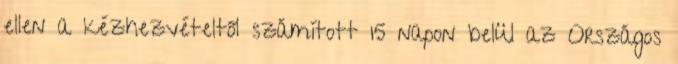
ellen a kézhezvételtől számított 15 napon belül az Országos